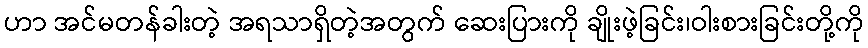
ဟာ အင်မတန်ခါးတဲ့ အရသာရှိတဲ့အတွက် ဆေးပြားကို ချိုးဖဲ့ခြင်း၊ဝါးစားခြင်းတို့ကို